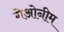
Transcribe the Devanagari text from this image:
गेओनीम